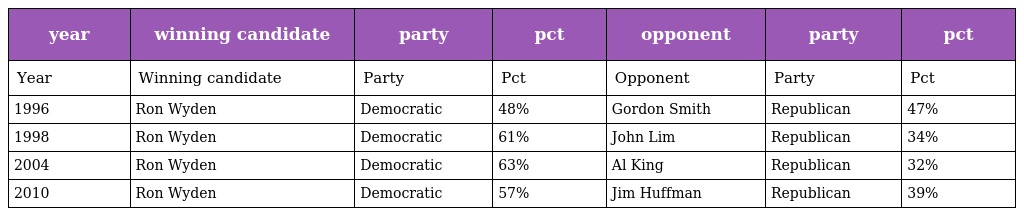
| year | winning candidate | party | pct | opponent | party | pct |
 | --- | --- | --- | --- | --- | --- | --- |
 | Year | Winning candidate | Party | Pct | Opponent | Party | Pct |
 | 1996 | Ron Wyden | Democratic | 48% | Gordon Smith | Republican | 47% |
 | 1998 | Ron Wyden | Democratic | 61% | John Lim | Republican | 34% |
 | 2004 | Ron Wyden | Democratic | 63% | Al King | Republican | 32% |
 | 2010 | Ron Wyden | Democratic | 57% | Jim Huffman | Republican | 39% |